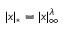
| x | _ { * } = | x | _ { \infty } ^ { \lambda }